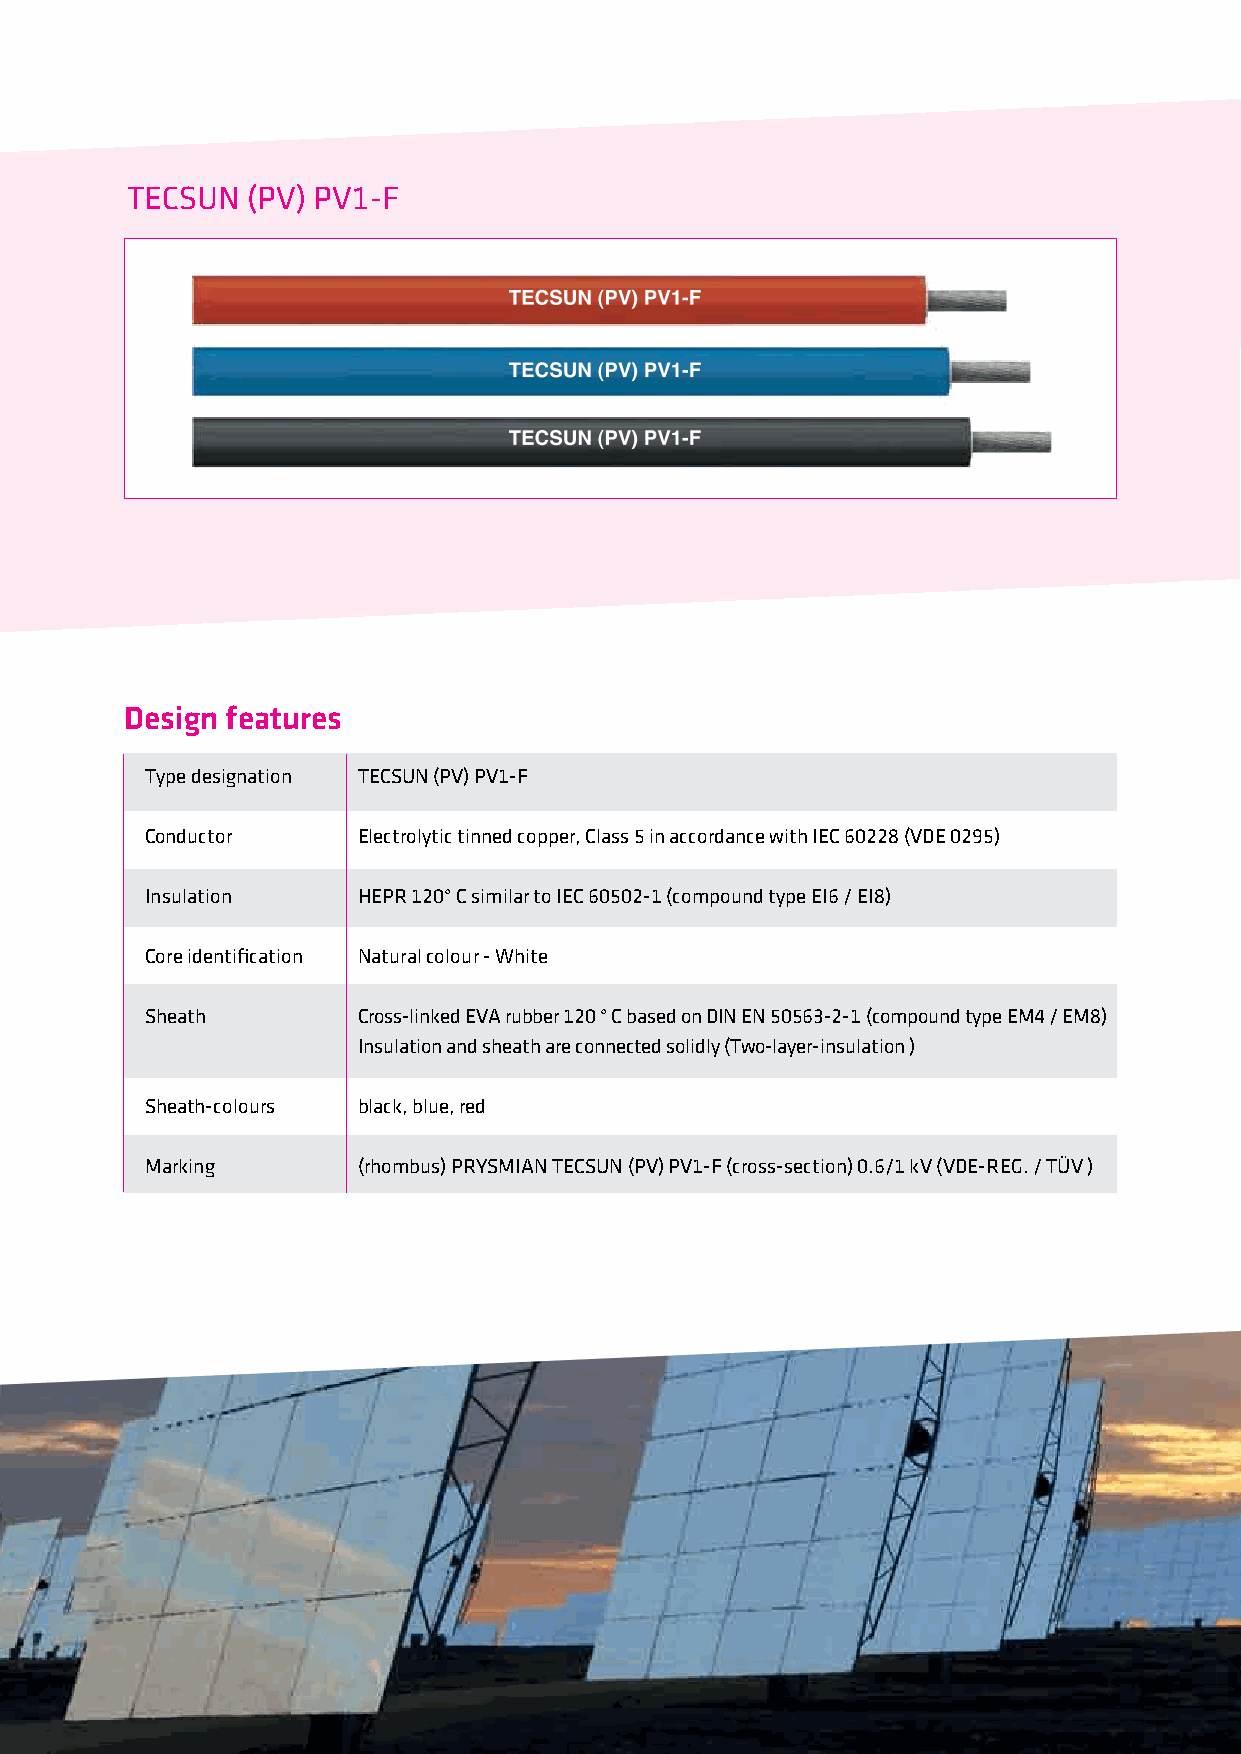
TECSUN  (PV) PV1-F
 Design features
 Type designation TECSUN (PV) PV1-F
 Conductor     Electrolytic tinned copper, Class 5 in accordance with IEC 60228 (VDE 0295)
 Insulation    HEPR 120° C similar to IEC 60502-1 (compound type EI6 / EI8)
 Core identification Natural colour - White
 Sheath        Cross-linked EVA rubber 120 ° C based on DIN EN 50563-2-1 (compound type EM4 / EM8)
 Insulation and sheath are connected solidly (Two-layer-insulation )
 Sheath-colours black, blue, red
 Marking       (rhombus) PRYSMIAN TECSUN (PV) PV1-F (cross-section) 0.6/1 kV (VDE-REG. / TÜV )